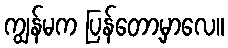
ကျွန်မက ပြန်တော့မှာလေ။